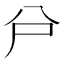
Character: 𠔅